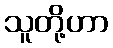
သူတို့ဟာ